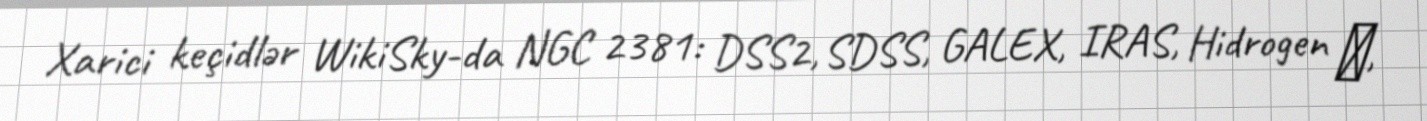
Xarici keçidlər WikiSky-da NGC 2381: DSS2, SDSS, GALEX, IRAS, Hidrogen α,